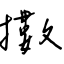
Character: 擻